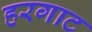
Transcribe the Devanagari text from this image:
हरगाट